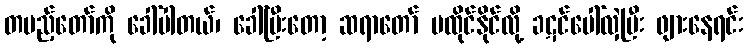
တပည့်တော်ကို ခေါ်ပါတယ်၊ ခေါ်ပြီးတော့ ဆရာတော် မထိုင်နိုင်လို့ ခဋင်ပေါ်လှဲပြီး ဖျားနေရင်း